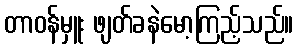
တာဝန်မှူး ဖျတ်ခနဲမော့ကြည့်သည်။